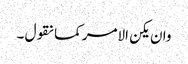
وان یکن الامر کما نقول ۔